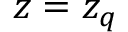
z = z _ { q }